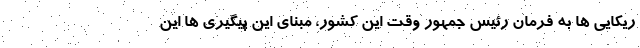
ریکایی ها به فرمان رئیس جمهور وقت این کشور، مبنای این پیگیری ها این